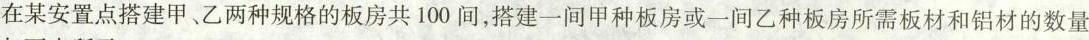
在某安置点搭建甲、乙两种规格的板房共100间，搭建一间甲种板房或一间乙种板房所需板材和铝材的数量